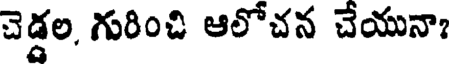
చెడ్డల, గురించి ఆలోచన చేయునా?